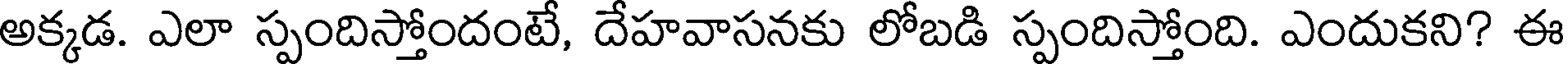
అక్కడ. ఎలా స్పందిస్తోందంటే, దేహవాసనకు లోబడి స్పందిస్తోంది. ఎందుకని? ఈ